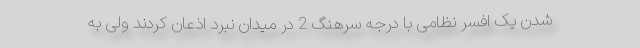
شدن یک افسر نظامی با درجه سرهنگ 2 در میدان نبرد اذعان کردند ولی به